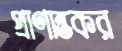
প্রাণান্তকর